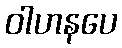
ဝါဟနပေ